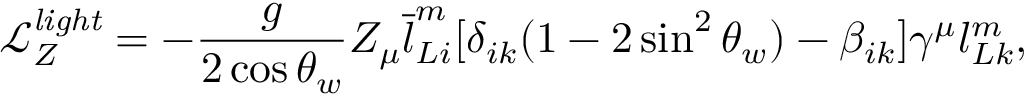
\mathcal { L } _ { Z } ^ { \mathit { l i g h t } } = - \frac { g } { 2 \cos \theta _ { w } } Z _ { \mu } \overline { { { l } } } _ { L i } ^ { m } [ \delta _ { i k } ( 1 - 2 \sin ^ { 2 } \theta _ { w } ) - \beta _ { i k } ] \gamma ^ { \mu } l _ { L k } ^ { m } ,